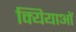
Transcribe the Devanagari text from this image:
क्यियाओं